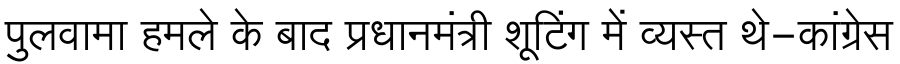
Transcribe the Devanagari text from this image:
पुलवामा हमले के बाद प्रधानमंत्री शूटिंग में व्यस्त थे-कांग्रेस